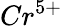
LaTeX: Cr^{5+}